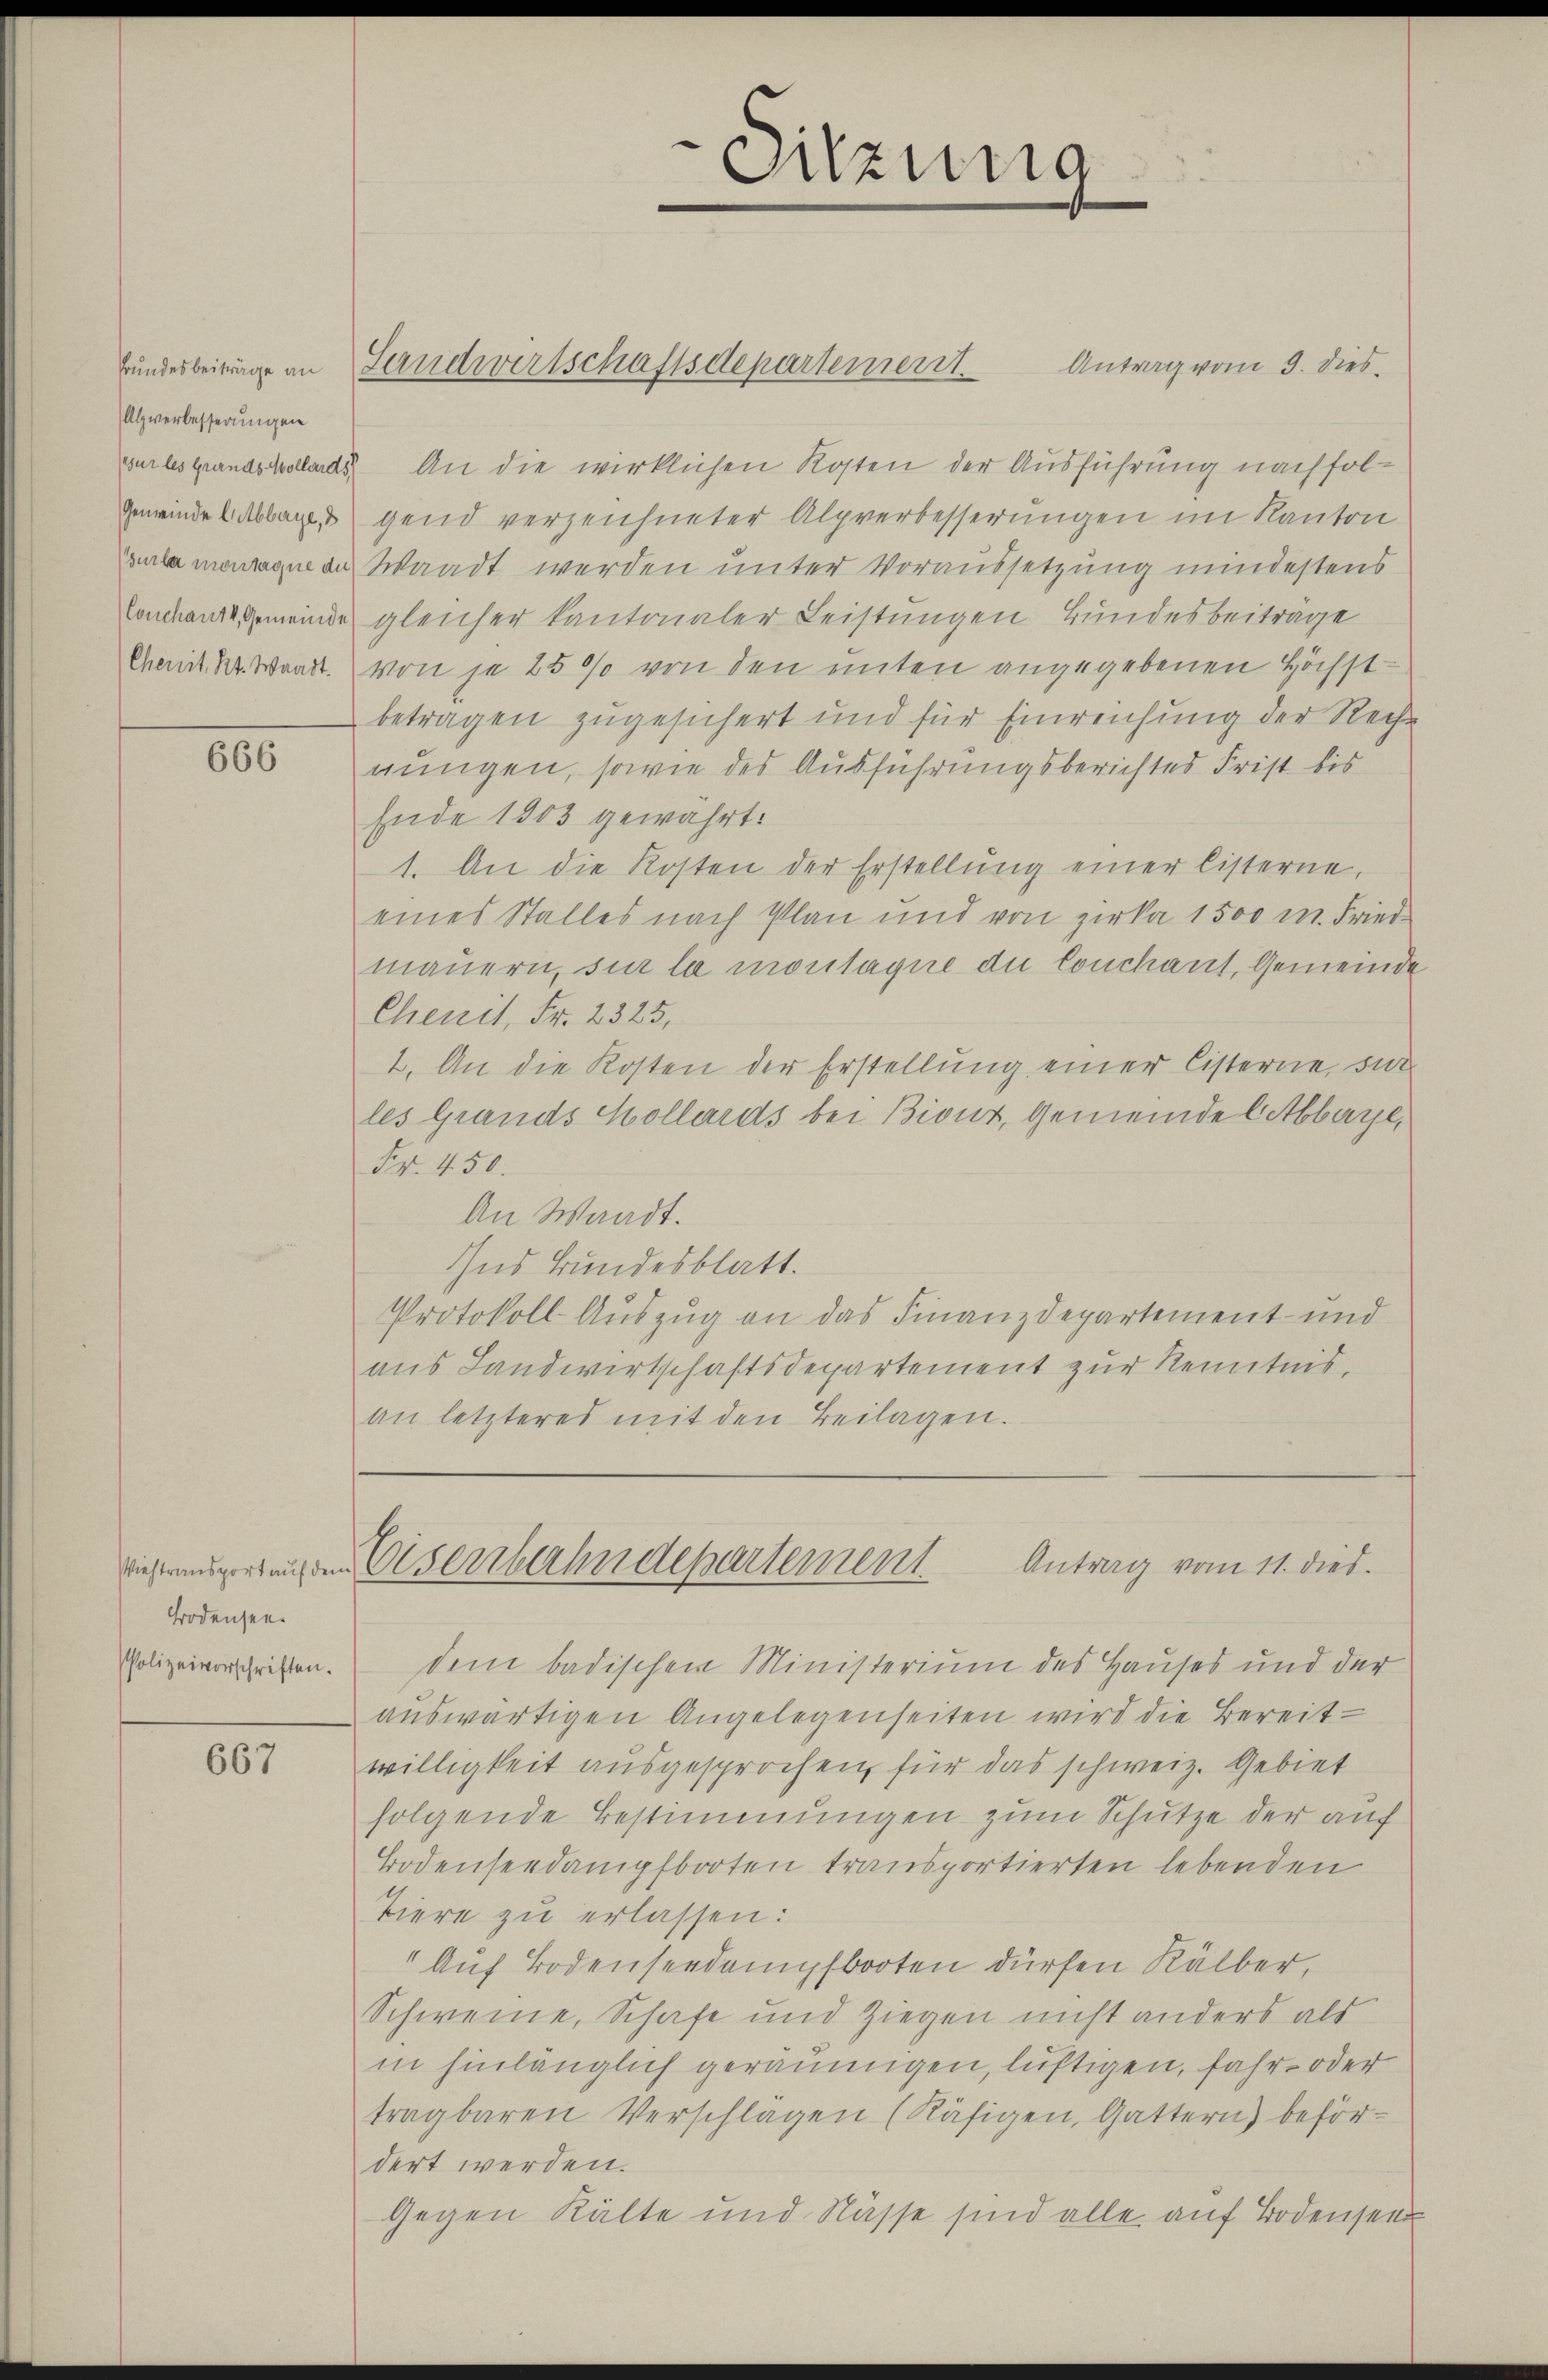
Alzverbesserungen
Gemeinde Entbbaye, d

666

Bodensee.

667

sur lesgrundscollards. An die wirklichen Kosten der Ausführung nachfolgend verzeichneter Alpverbesserungen im Kanton
Gurlamontagne an Waadt werden unter Voraussetzung mindestens
Conchanze Gemeinde gleicher Kantonaler Leistungen Bundesbeiträge
Chemit kr. Waadt. von je 25% von den unten angegebenen Höchstbetragen zugesichert und für Einreichung der Recht
gungen, sowie des Ausführungsberichtes Frist bis
Ende 1803 gewährt.
1. An die Kosten der Erstellŭng einer listerne,
eines Stalles nach Plan und von Zirka 1500 m. Fried
mauern, sie la montagne du Conchant, Gemeinde
Chenit, Fr. 2325,
2. An die Kosten der Erstellung einer Cisterne, si
les Grands Kollards bei Biont, Gemeinde Abbaye,
Fr. 450.
An Waadt.
Ins Bundesblatt.
Protokoll- Auszug an das Finanzdepartement und
aus Landwirtschaftsdepartement zur Kenntnis,
an letzteres mit den Beilagen.
Antrag vom 11. dies
viestrengerungen Eisenbahndepartement
Polizeiverschriften. Dem badischen Ministerium des Hauses und der
aŭswärtigen Angelegenseiten wird die Bereit-
willigkeit ausgesprochen, für das schweiz. Gebiet
folgende Bestimmungen zum Schutze der auf
Bodenseedampfbooten transportierten lebenden
Tiere zu erlassen:
" Auf Bodenseedampfbooten dürfen Kälber,
Schweine, Schaft und Ziegen nicht anders als
in hinlänglich geräumigen, luftigen, fahr- oder
tragbaren Verschlagen (Räsigen, Gattern) beför-
dert werden.
Gegen Kälte und Nüsse sind alle auf Bodensee

Bundesbeiträge an Landwirtschaftsdepartement. Antrag vom 3. dies

Sitzung